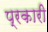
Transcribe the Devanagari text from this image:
प्रकारी